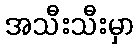
အသီးသီးမှာ